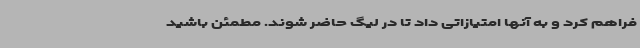
فراهم کرد و به آنها امتیازاتی داد تا در لیگ حاضر شوند. مطمئن باشید